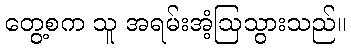
တွေ့စက သူ အရမ်းအံ့ဩသွားသည်။